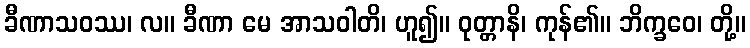
ခီဏာသဝဿ၊ လ။ ခီဏာ မေ အာသဝါတိ၊ ဟူ၍။ ဝုတ္တာနိ၊ ကုန်၏။ ဘိက္ခဝေ၊ တို့။